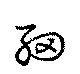
軔